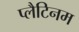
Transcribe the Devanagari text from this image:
प्‍लैटिनम